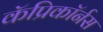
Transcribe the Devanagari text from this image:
कॅप्रिकॉर्नस